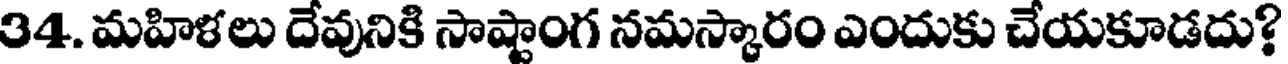
34. మహిళలు దేవునికి సాష్టాంగ నమస్కారం ఎందుకు చేయకూడదు?